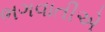
ભગવાતીએ